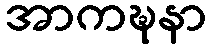
အာကဍ္ဎနာ